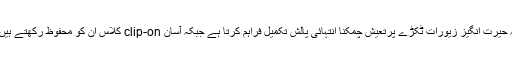
یہ حیرت انگیز زیورات ٹکڑے پرتعیش چمکنا انتہائی پالش تکمیل فراہم کرتا ہے جبکہ آسان clip-on کلاس ان کو محفوظ رکھتے ہیں ۔